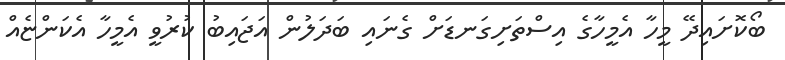
ބޯކޮށައިދޭ މީހާ އެމީހާގެ އިސްތަށިގަނޑަށް ގެނައި ބަދަލުން އަޖައިބު ކުރުވީ އެމީހާ އެކަންޏެއް